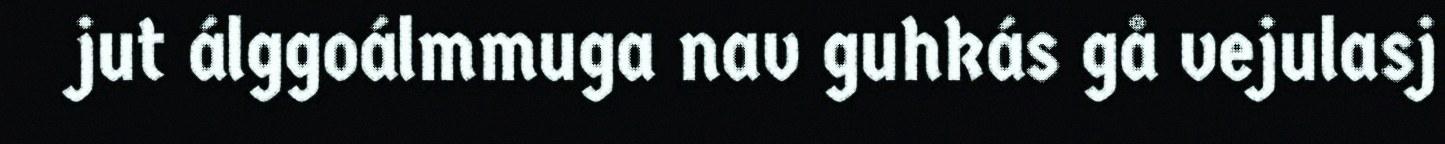
jut álggoálmmuga nav guhkás gå vejulasj